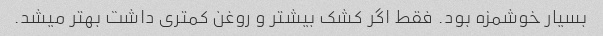
بسیار خوشمزه بود. فقط اگر کشک بیشتر و روغن کمتری داشت بهتر میشد.